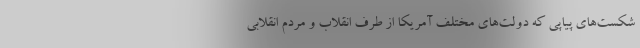
شکست‌های پیاپی که دولت‌های مختلف آمریکا از طرف انقلاب و مردم انقلابی